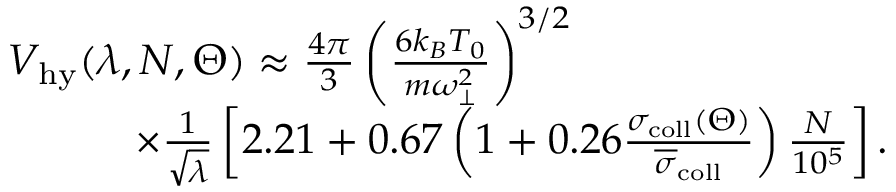
\begin{array} { r l } & { { \cal V } _ { \mathrm { h y } } ( \lambda , N , \Theta ) \approx \frac { 4 \pi } { 3 } \left( \frac { 6 k _ { B } T _ { 0 } } { m \omega _ { \perp } ^ { 2 } } \right) ^ { 3 / 2 } } \\ & { \quad \quad \quad \times \frac { 1 } { \sqrt { \lambda } } \left[ 2 . 2 1 + 0 . 6 7 \left( 1 + 0 . 2 6 \frac { \sigma _ { \mathrm { c o l l } } ( \Theta ) } { \overline { { \sigma } } _ { \mathrm { c o l l } } } \right) \frac { N } { 1 0 ^ { 5 } } \right] . } \end{array}